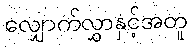
လျှောက်လွှာနှင့်အတူ